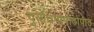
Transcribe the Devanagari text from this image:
दुर्योधनापाठोपाठ